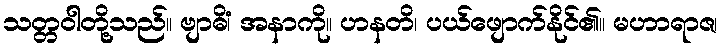
သတ္တဝါတို့သည်။ ဗျာဓိံ၊ အနာကို။ ဟနတိ၊ ပယ်ဖျောက်နိုင်၏။ မဟာရာဇ၊